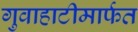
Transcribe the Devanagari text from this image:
गुवाहाटीमार्फत